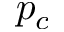
p _ { c }